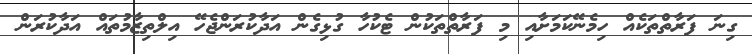
ގިނަ ފަރާތްތަކެއް ހިމެނޭކަމަށާއި މި ފަރާތްތަކުން ޓެކުހާ ގުޅިގެން އަދާކުރަންޖެހޭ އިލްތިޒާމުތައް އަދާކުރަން